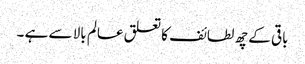
باقی کے چھ لطائف کا تعلق عالم بالا سے ہے ۔